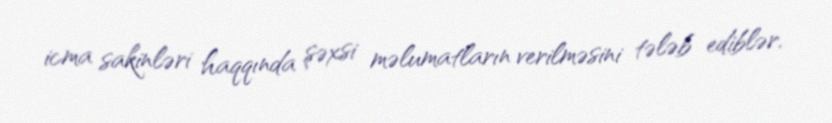
icma sakinləri haqqında şəxsi məlumatların verilməsini tələb ediblər.